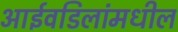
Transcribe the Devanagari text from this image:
आईवडिलांमधील